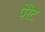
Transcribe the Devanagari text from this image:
पेरेट